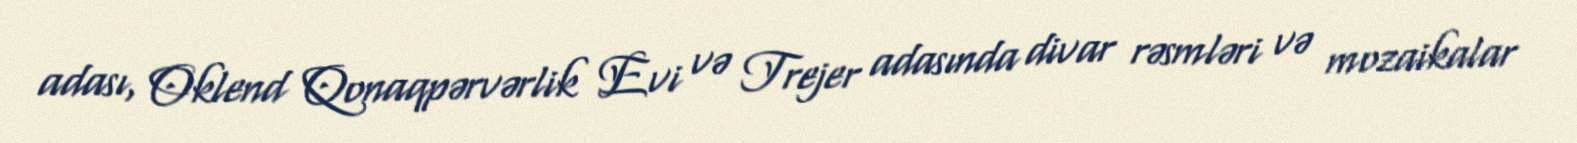
adası, Oklend Qonaqpərvərlik Evi və Trejer adasında divar rəsmləri və mozaikalar